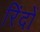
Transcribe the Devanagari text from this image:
रिंदों